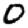
Digit: 0